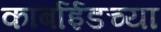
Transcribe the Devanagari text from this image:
कार्बाईडच्या